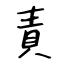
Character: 責